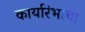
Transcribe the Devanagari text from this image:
कार्यारंभाचा